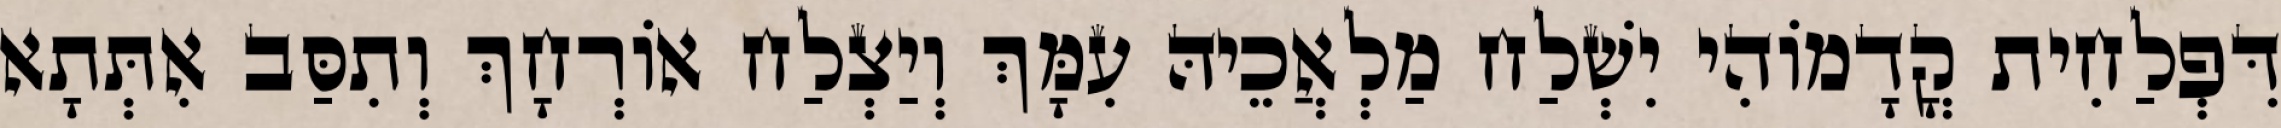
דִּפְלַחִית קֳדָמוֹהִי יִשְׁלַח מַלְאֲכֵיהּ עִמָּךְ וְיַצְלַח אוֹרְחָךְ וְתִסַּב אִתְּתָא